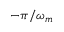
- \pi / \omega _ { m }